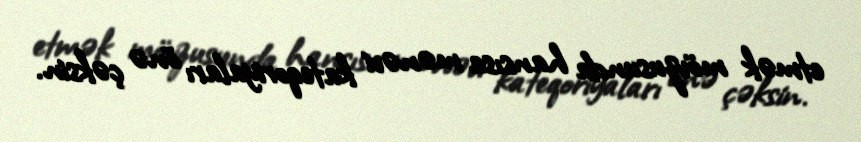
etmək mövzusunda hansısa mənəvi kateqoriyaları önə çəksin.